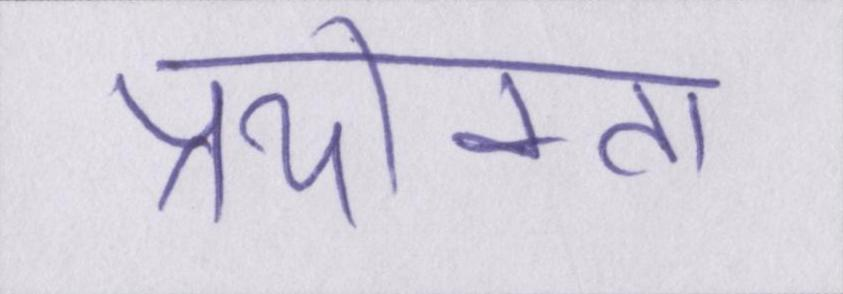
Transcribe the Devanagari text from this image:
प्रयोक्ता